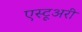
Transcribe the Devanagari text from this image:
एस्टूअरी